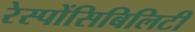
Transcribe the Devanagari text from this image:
रेस्पोंसिबिलिटी